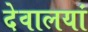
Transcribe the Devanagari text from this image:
देवालयां